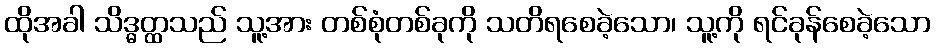
ထိုအခါ သိဒ္ဓတ္ထသည် သူ့အား တစ်စုံတစ်ခုကို သတိရစေခဲ့သော၊ သူ့ကို ရင်ခုန်စေခဲ့သော